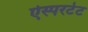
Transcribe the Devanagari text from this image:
ऐस्परटेट